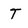
Character: T